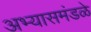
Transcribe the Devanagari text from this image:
अभ्यासमंडळे